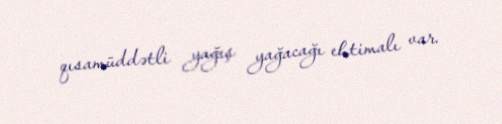
qısamüddətli yağış yağacağı ehtimalı var.